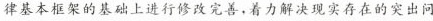
律基本框架的基础上进行修改完善，着力解决现实存在的突出问